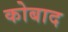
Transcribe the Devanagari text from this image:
कोबाद